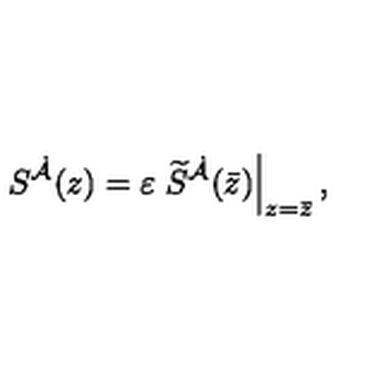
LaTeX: S ^ { \dot { \cal A } } ( z ) = \varepsilon \left. \widetilde S ^ { \dot { \cal A } } ( \bar { z } ) \right| _ { z = \bar { z } } ,